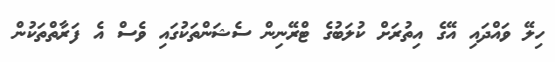
ހިލޭ ވައްދައި އޭގެ އިތުރަށް ކުލަބުގެ ޓްރޭނިން ސެޝަންތަކުގައި ވެސް އެ ފަރާތްތަކުން